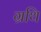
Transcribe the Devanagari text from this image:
ग्रथि